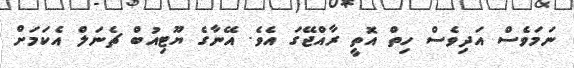
ނަމަވެސް އަދިވެސް ހިތް އޮތީ ރާއްޖޭގަ އެވެ. އޭނާގެ ޔޫޓިއުބް ޗެނަލް އެކަމަށް